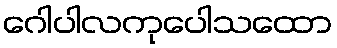
ဂေါပါလကုပေါသထော